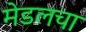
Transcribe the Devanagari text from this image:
मेडलचा